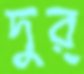
দুর্